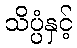
သိပ္ပံနှင့်